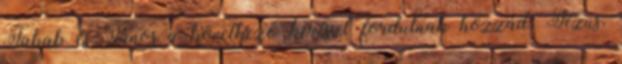
Jakab és János a következő kéréssel fordulnak hozzád. Jézus,